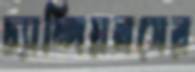
চ্যাম্পিয়নসের